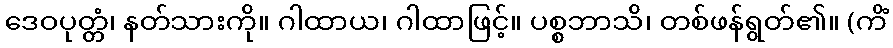
ဒေဝပုတ္တံ၊ နတ်သားကို။ ဂါထာယ၊ ဂါထာဖြင့်။ ပစ္စဘာသိ၊ တစ်ဖန်ရွတ်၏။ (ကိံ